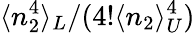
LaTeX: \langle n_{2}^{4}\rangle_{L}/(4!\langle n_{2}\rangle_{U}^{4})